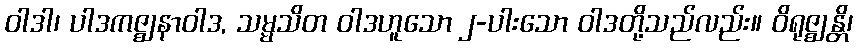
ဝါဒါ၊ ပါဒကဇ္ဈနာဝါဒ, သမ္မသိတ ဝါဒဟူသော ၂-ပါးသော ဝါဒတို့သည်လည်း။ ဝိရုဇ္ဈန္တိ၊